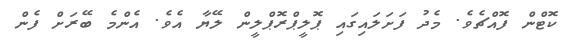
ކޮޓްން ފޮއްޗެވެ. މެދު ފަށަލައިގައި ޕޮލީޕްރޮޕްލީން ލޭޔާ އެވެ. އެންމެ ބޭރަށް ފެން